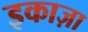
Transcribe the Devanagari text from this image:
इकाज़ा